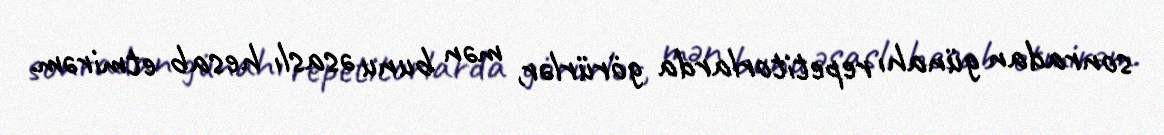
sonradan günahı repetitorlarda görürlər, mən bunu əsaslı hesab etmirəm.